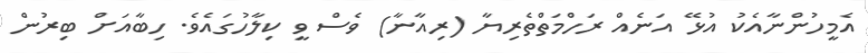
އެމީހުންނާއެކު އުޅޭ އަނެއް ރަހްމަތްތެރިޔާ (ރިއާނާ) ވެސް ވީ ކިލާހުގައެވެ. ހިބާއަށް ބިރުން